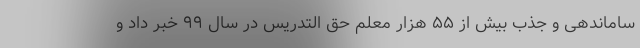
ساماندهی و جذب بیش از ۵۵ هزار معلم حق التدریس در سال ۹۹ خبر داد و